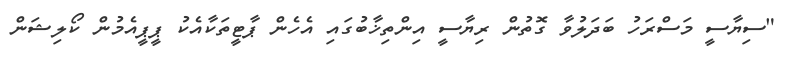
"ސިޔާސީ މަސްރަހު ބަދަލުވާ ގޮތުން ރިޔާސީ އިންތިޚާބުގައި އެހެން ޕާޓީތަކާއެކު ޕީޕީއެމުން ކޯލިޝަން